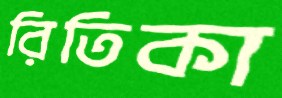
রিতিকা